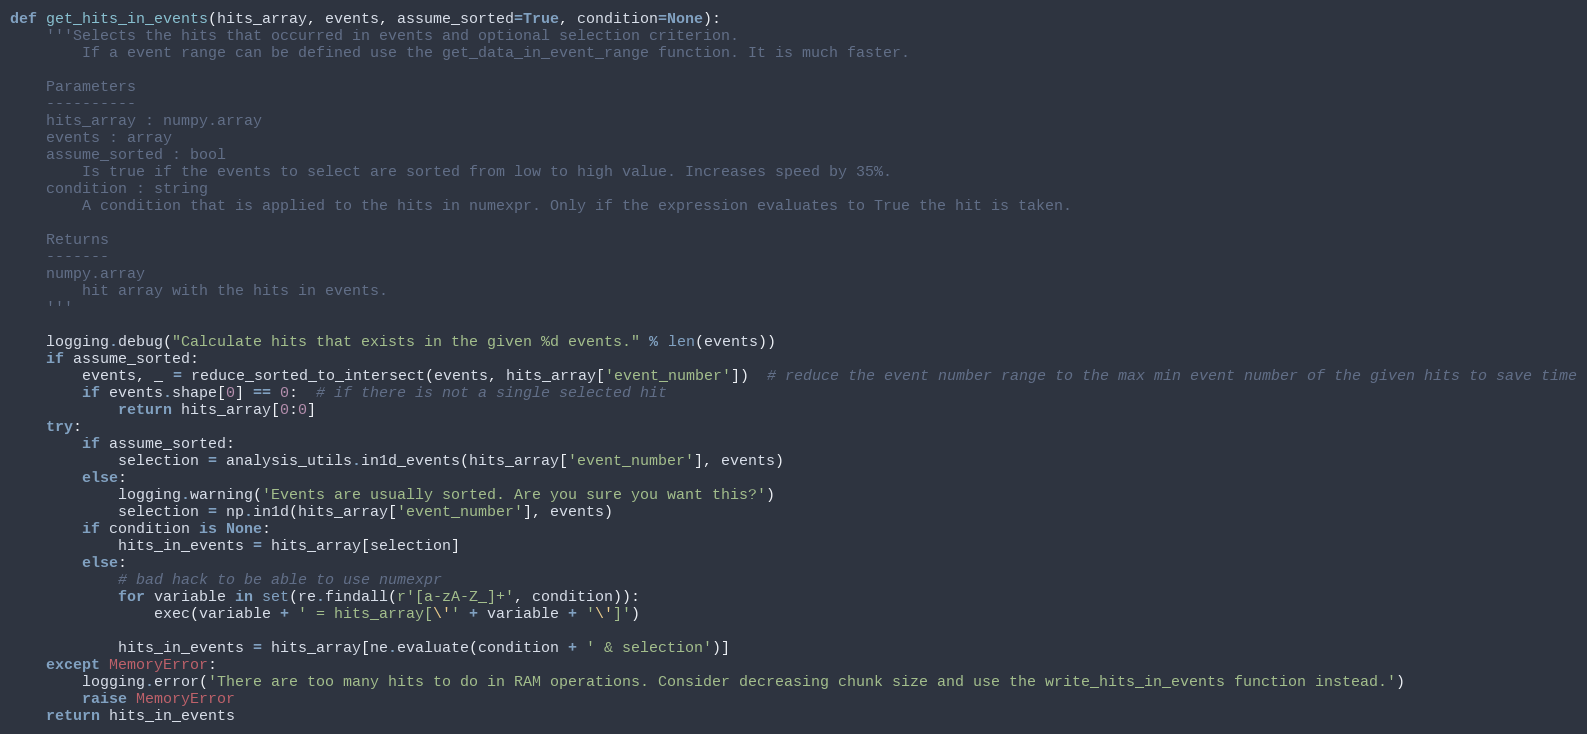
Language: Python
def get_hits_in_events(hits_array, events, assume_sorted=True, condition=None):
    '''Selects the hits that occurred in events and optional selection criterion.
        If a event range can be defined use the get_data_in_event_range function. It is much faster.

    Parameters
    ----------
    hits_array : numpy.array
    events : array
    assume_sorted : bool
        Is true if the events to select are sorted from low to high value. Increases speed by 35%.
    condition : string
        A condition that is applied to the hits in numexpr. Only if the expression evaluates to True the hit is taken.

    Returns
    -------
    numpy.array
        hit array with the hits in events.
    '''

    logging.debug("Calculate hits that exists in the given %d events." % len(events))
    if assume_sorted:
        events, _ = reduce_sorted_to_intersect(events, hits_array['event_number'])  # reduce the event number range to the max min event number of the given hits to save time
        if events.shape[0] == 0:  # if there is not a single selected hit
            return hits_array[0:0]
    try:
        if assume_sorted:
            selection = analysis_utils.in1d_events(hits_array['event_number'], events)
        else:
            logging.warning('Events are usually sorted. Are you sure you want this?')
            selection = np.in1d(hits_array['event_number'], events)
        if condition is None:
            hits_in_events = hits_array[selection]
        else:
            # bad hack to be able to use numexpr
            for variable in set(re.findall(r'[a-zA-Z_]+', condition)):
                exec(variable + ' = hits_array[\'' + variable + '\']')

            hits_in_events = hits_array[ne.evaluate(condition + ' & selection')]
    except MemoryError:
        logging.error('There are too many hits to do in RAM operations. Consider decreasing chunk size and use the write_hits_in_events function instead.')
        raise MemoryError
    return hits_in_events